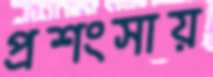
প্রশংসায়